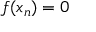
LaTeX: f ( x _ { n } ) = 0